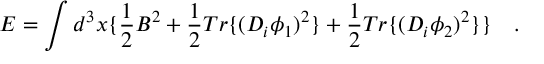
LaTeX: E = \int d ^ { 3 } x \{ \frac { 1 } { 2 } B ^ { 2 } + \frac { 1 } { 2 } T r \{ ( D _ { i } \phi _ { 1 } ) ^ { 2 } \} + \frac { 1 } { 2 } T r \{ ( D _ { i } \phi _ { 2 } ) ^ { 2 } \} \} \quad .